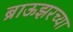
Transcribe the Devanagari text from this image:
ब्राऊझरच्या